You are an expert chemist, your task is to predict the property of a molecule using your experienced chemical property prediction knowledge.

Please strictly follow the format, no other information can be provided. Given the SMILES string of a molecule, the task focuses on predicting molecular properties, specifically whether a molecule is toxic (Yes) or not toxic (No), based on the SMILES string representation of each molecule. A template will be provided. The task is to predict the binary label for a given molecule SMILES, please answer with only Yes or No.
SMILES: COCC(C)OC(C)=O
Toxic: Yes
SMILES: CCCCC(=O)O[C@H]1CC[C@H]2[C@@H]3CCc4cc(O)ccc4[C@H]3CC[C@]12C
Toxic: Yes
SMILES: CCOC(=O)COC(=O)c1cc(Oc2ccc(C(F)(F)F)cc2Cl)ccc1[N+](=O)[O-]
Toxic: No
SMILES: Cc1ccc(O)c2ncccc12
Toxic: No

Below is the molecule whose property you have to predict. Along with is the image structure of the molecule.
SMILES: Nc1ccc2c(c1)C(=O)c1ccccc1C2=O
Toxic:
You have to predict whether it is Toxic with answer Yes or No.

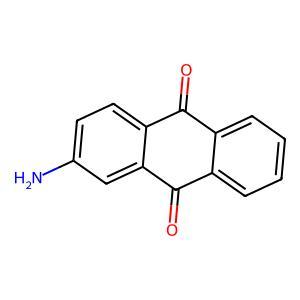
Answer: No